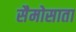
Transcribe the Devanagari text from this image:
सैमोसाता